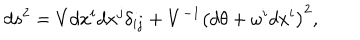
LaTeX: d s ^ { 2 } = V d x ^ { i } d x ^ { j } \delta _ { i j } + V ^ { - 1 } \left( d \theta + \omega ^ { i } d x ^ { i } \right) ^ { 2 } ,